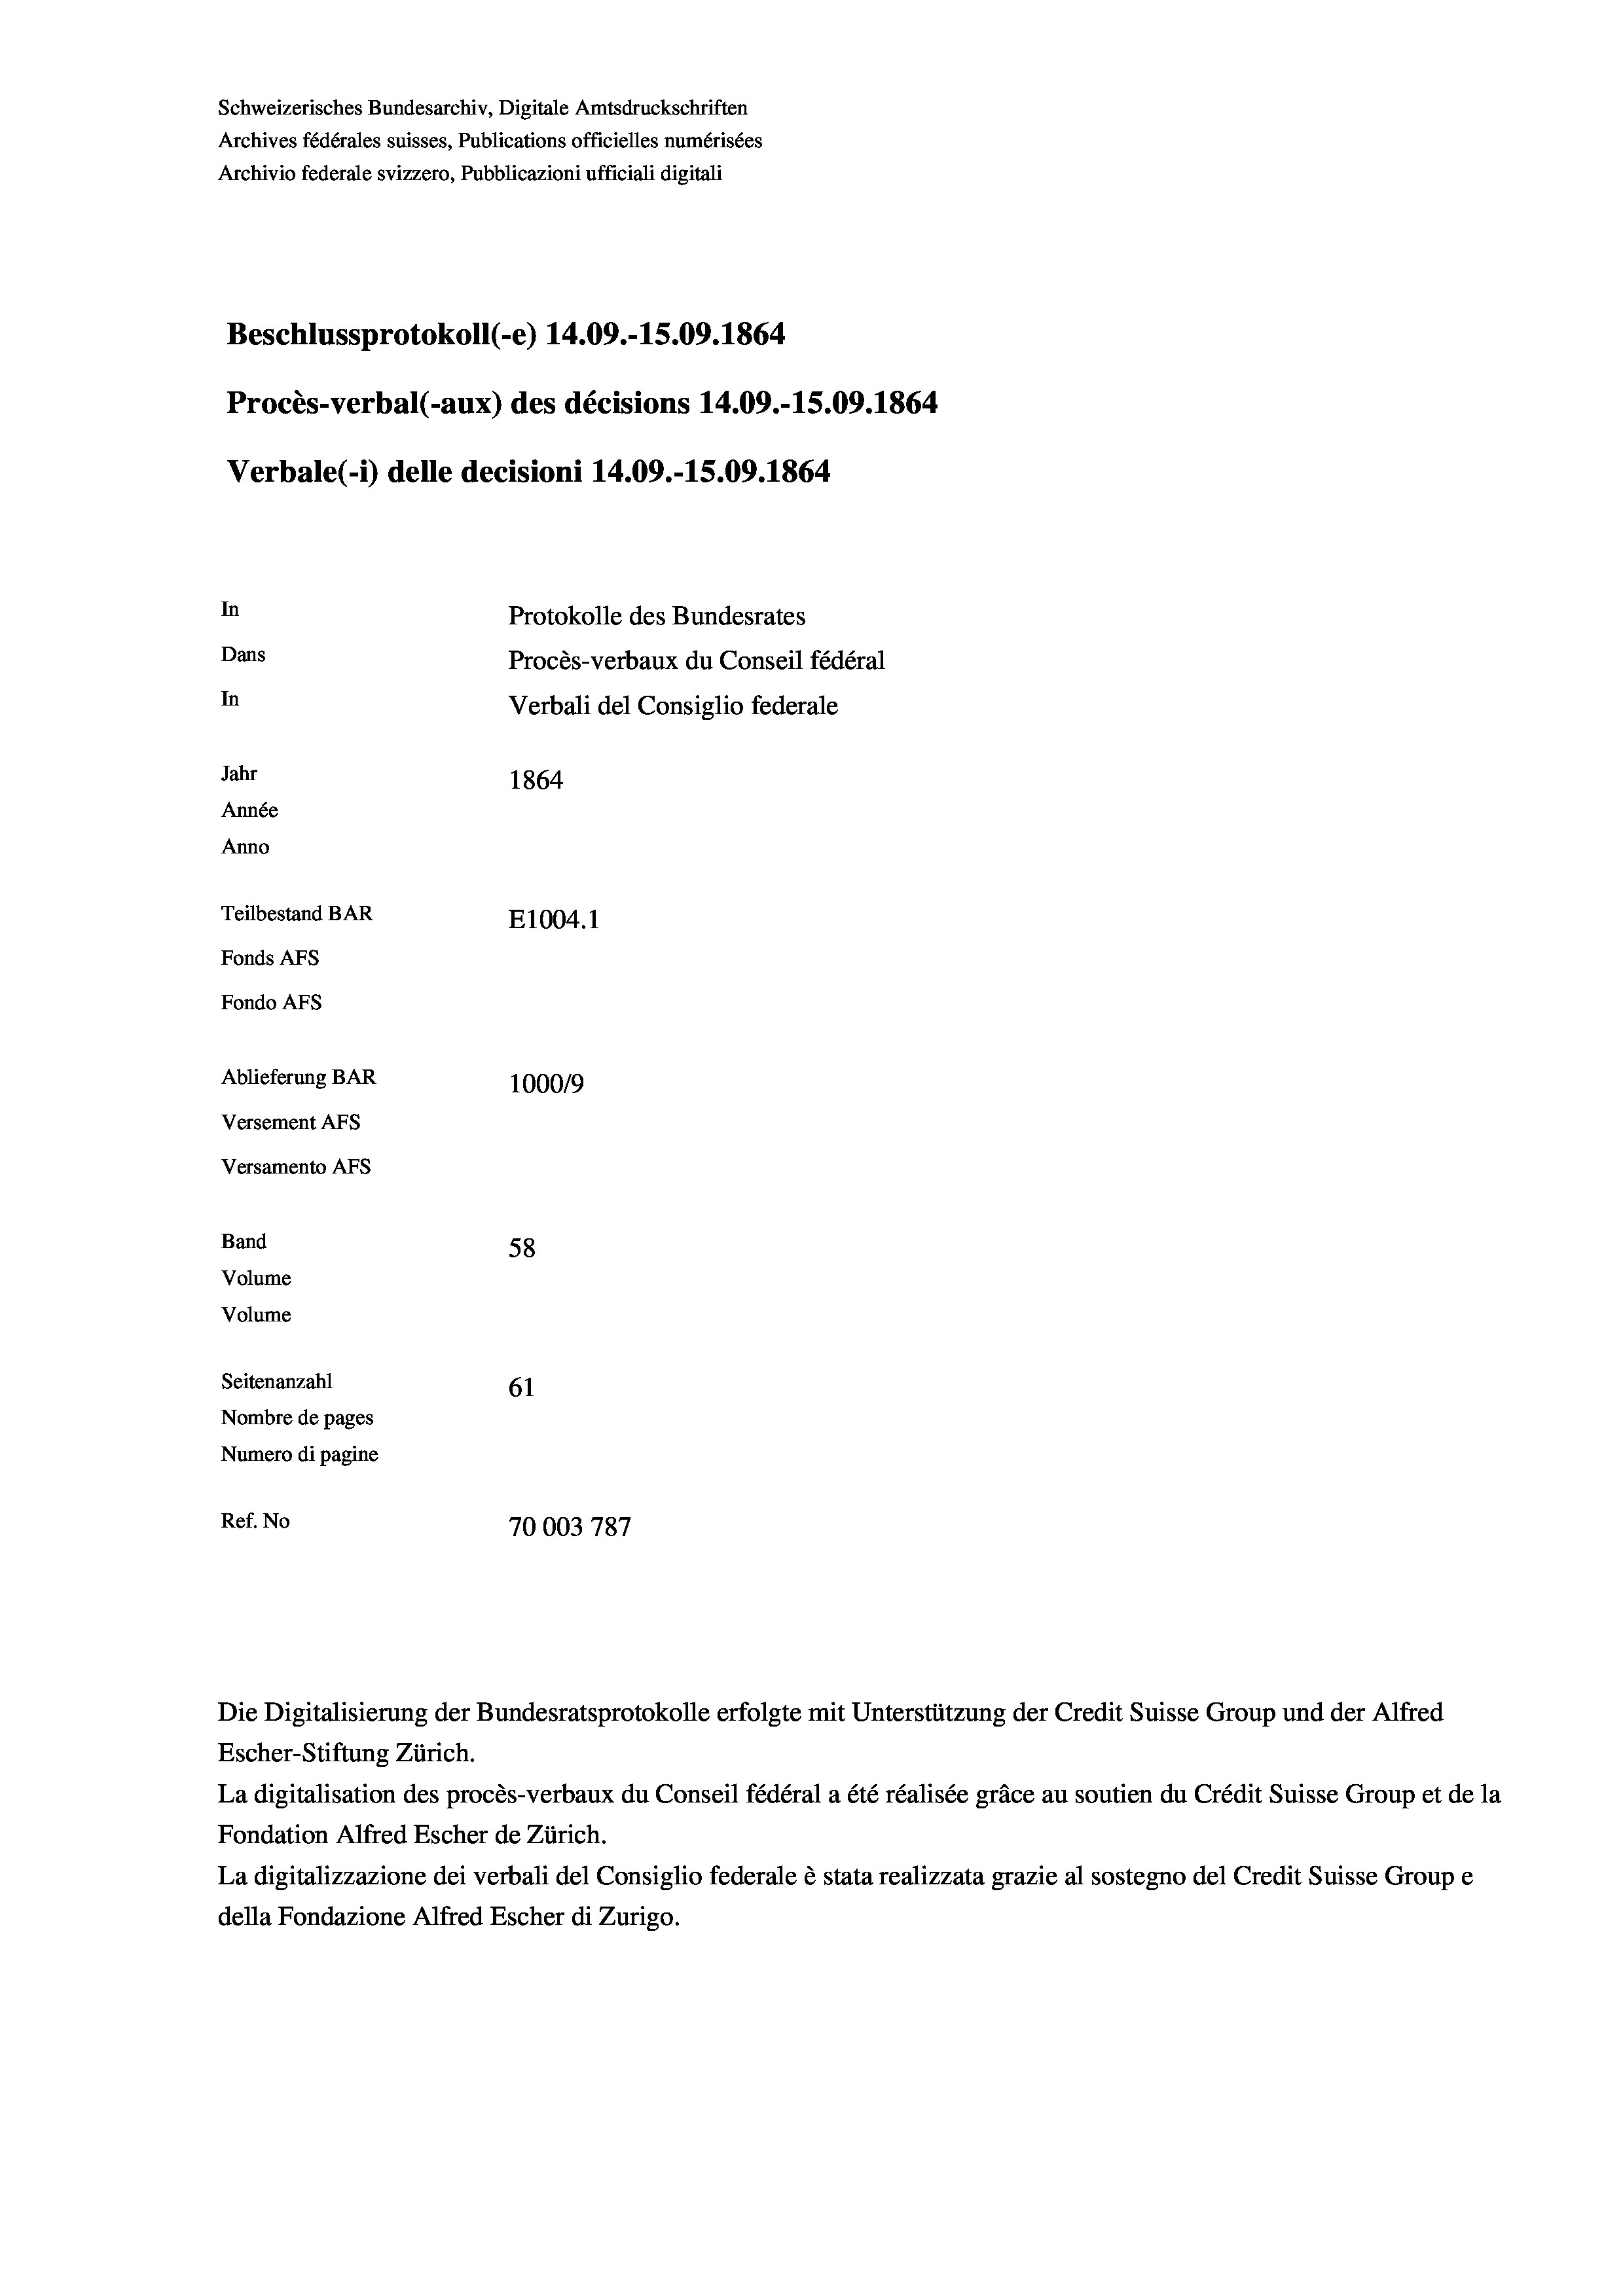
Schweizerisches Bundesarchiv, Digitale Amtsdruckschriften
Archives fédérales suisses, Publications officielles numérisées
Beschlussprotokoll (-e) 14.09.-15.09. 1864
Procès-verbal (-aux) des décisions 14.09.-15.09. 1864
Verbale (i) delle decisioni 14.09.-15.09. 1864
In
Protokolle des Bundesrates
Dans
Procès-verbaux du Conseil fédéral
In
Verbali del Consiglio federale
Jahr
1864
Année
Anno
Teilbestand BAR
E1004. 1
Fonds AFs
Fondo AFs
Ablieferung BAR
100019
Versement AFs
Versamento AFs

Band
Volume
Volume
Seitenanzahl

Archivio federale svizzero, Pubblicazioni ufficiali digitali

58
61
Nombre de pages
Numero di pagine
Ref. No
70003 787

Escher-Stiftung Zürich.
La digitalisation des procès-verbaux du Conseil fédéral a été réalisée gräce au soutien du Crédit Suisse Group et de la
Fondation Alfred Escher de Zürich.
La digitalizzazione dei verbali del Consiglio federale è stata realizzata grazie al sostegno del Credit Suisse Groupe
della Fondazione Alfred Escher di Zurigo.

Die Digitalisierung der Bundesratsprotokolle erfolgte mit Unterstützung der Credit Suisse Group und der Alfred